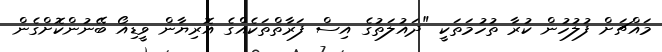
މައްޗަށް ފުލުހުން ކުރާ ތުހުމަތަކީ "ދައުލަތުގެ އިސް ފަރާތްތަކެއްގެ އޮރިޔާން ވީޑިއޯ ބޭނުންކޮށްގެން